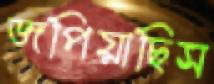
জপিয়াছিস